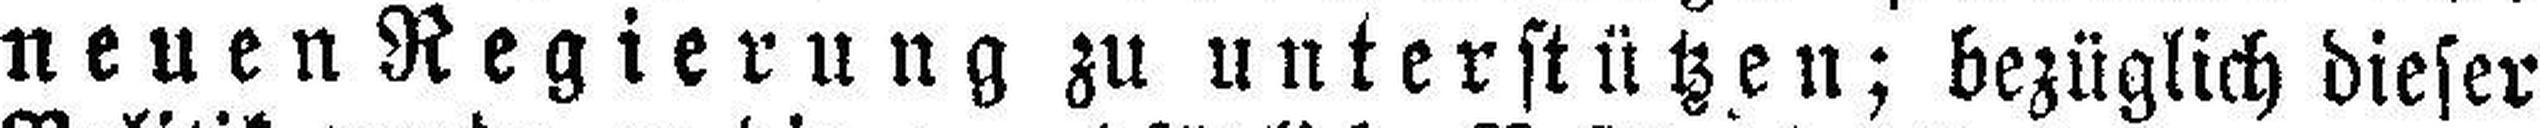
neuen Regierung zu unterstützen; bezüglich dieser